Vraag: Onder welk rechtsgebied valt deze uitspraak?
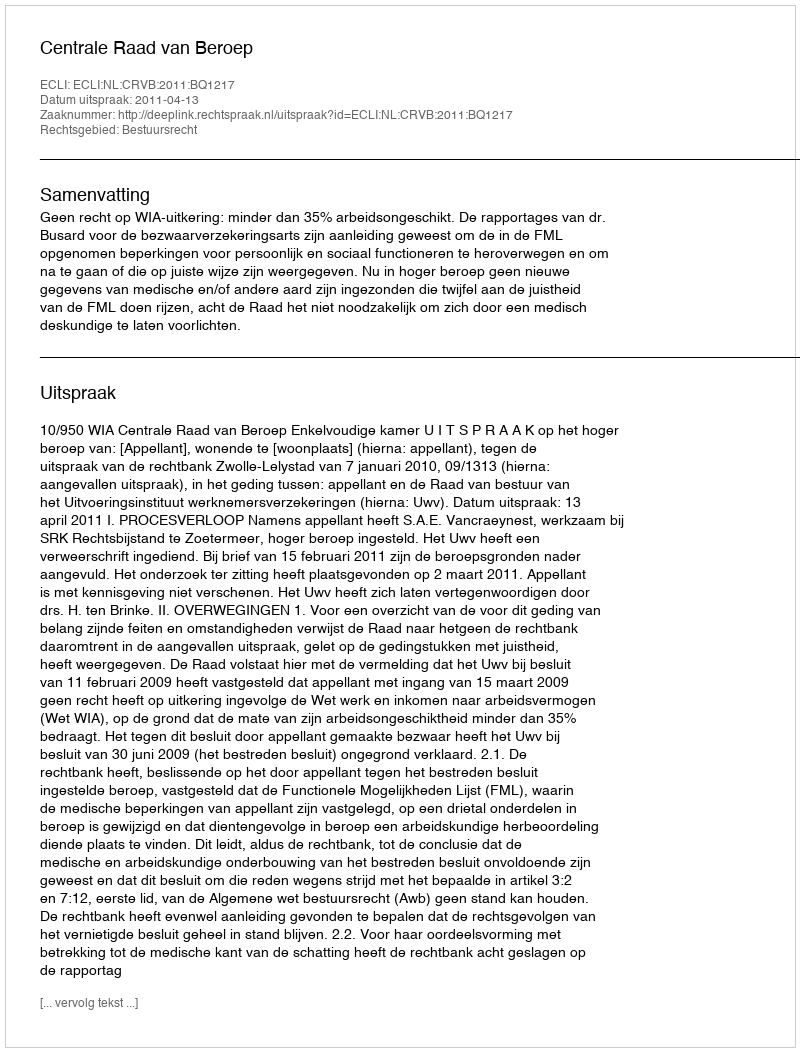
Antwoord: Bestuursrecht